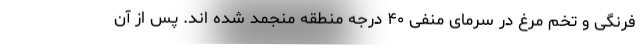
فرنگی و تخم مرغ در سرمای منفی ۴۰ درجه منطقه منجمد شده اند. پس از آن